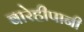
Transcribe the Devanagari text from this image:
बारेहीपानी